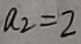
a _ { 2 } = 2